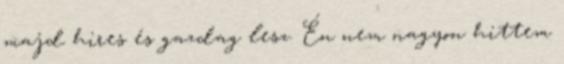
majd hires és gazdag lesz. Én nem nagyon hittem